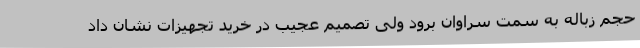
حجم زباله به سمت سراوان برود ولی تصمیم عجیب در خرید تجهیزات نشان داد